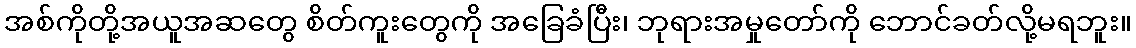
အစ်ကိုတို့အယူအဆတွေ စိတ်ကူးတွေကို အခြေခံပြီး၊ ဘုရားအမှုတော်ကို ဘောင်ခတ်လို့မရဘူး။